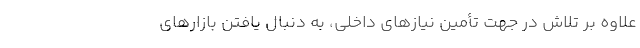
علاوه بر تلاش در جهت تأمین نیازهای داخلی، به دنبال یافتن بازارهای